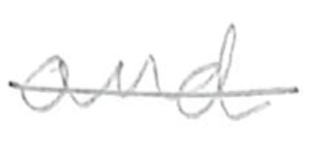
Text: and
Cross-out: single-line
Writing tool: pencil